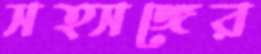
সত্সঙ্গের